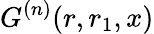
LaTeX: G^{(n)}(r,r_{1},x)